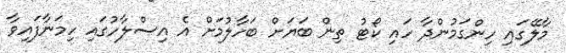
މާލޭގައި ހިންގަމުންދާ ހައި ކޯޓު ތިން ބަޔަށް ބަހާލުމަށް އެ އިސްލާހުގައި ހިމަނާފައިވާ